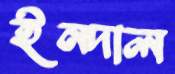
ইনদাল